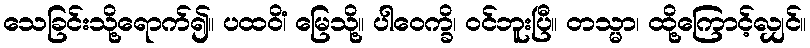
သေခြင်းသို့ရောက်၍။ ပထဝိံ၊ မြေသို့။ ပါဝေက္ခိ၊ ဝင်ဘူးပြီ။ တသ္မာ၊ ထို့ကြောင့်လျှင်။